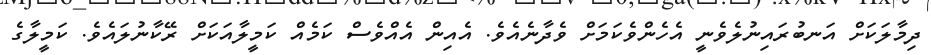
ދިމާލަކަށް އަނބުރައިނުލެވެނީ އެހެންވެކަމަށް ވެދާނެއެވެ. އެއިން އެއްވެސް ކަމެއް ކަމީލާއަކަށް ރޭކާނުލައެވެ. ކަމީލާގެ